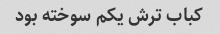
کباب ترش یکم سوخته بود